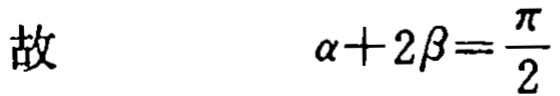
故 \(\alpha + 2\beta=\frac{\pi}{2}\)